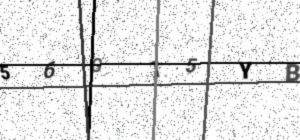
Text: 56G15YB